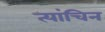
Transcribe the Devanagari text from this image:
त्यांचिन